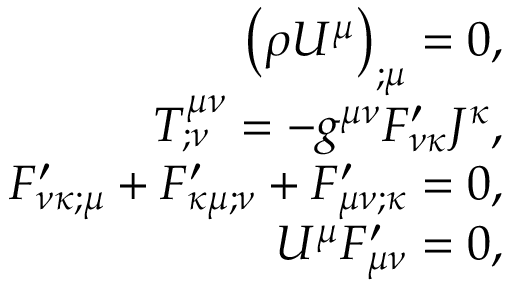
\begin{array} { r } { \left( \rho U ^ { \mu } \right) _ { ; \mu } = 0 , } \\ { T _ { ; \nu } ^ { \mu \nu } = - g ^ { \mu \nu } F _ { \nu \kappa } ^ { \prime } J ^ { \kappa } , } \\ { F _ { \nu \kappa ; \mu } ^ { \prime } + F _ { \kappa \mu ; \nu } ^ { \prime } + F _ { \mu \nu ; \kappa } ^ { \prime } = 0 , } \\ { U ^ { \mu } F _ { \mu \nu } ^ { \prime } = 0 , } \end{array}